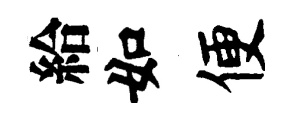
給如便